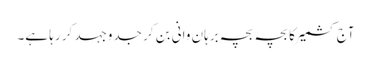
آج کشمیر کا بچہ بچہ برہان وانی بن کر جدوجہد کر رہا ہے۔